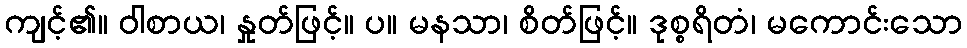
ကျင့်၏။ ဝါစာယ၊ နှုတ်ဖြင့်။ ပ။ မနသာ၊ စိတ်ဖြင့်။ ဒုစ္စရိတံ၊ မကောင်းသော